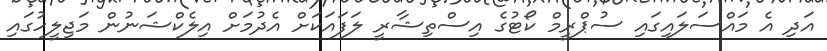
އަދި އެ މައްސަލައިގައި ސުޕްރީމް ކޯޓުގެ އިސްތިޝާރީ ލަފައަކަށް އެދުމަށް އިލެކްޝަނުން މަޖިލީހުގައި